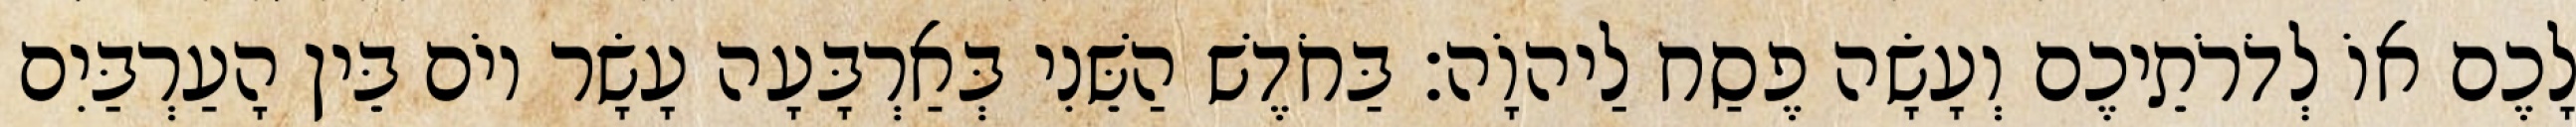
לָכֶם אוֹ לְדֹרֹתֵיכֶם וְעָשָׂה פֶסַח לַיהוָֹה׃ בַּחֹדֶשׁ הַשֵּׁנִי בְּאַרְבָּעָה עָשָׂר יוֹם בֵּין הָעַרְבַּיִם